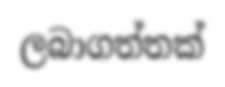
ලබාගත්තක්